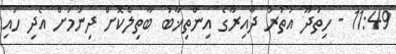
11:49 - ހިތަދޫ އުތުރު ދާއިރާގެ އިންތިޚާބު ބާތިލްކޮށް ދިނުމަށް އެދި ހައި